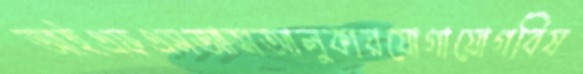
আইএফএসআসআলুকারযোগাযোগবিষ